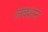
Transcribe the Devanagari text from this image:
लक्शन